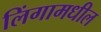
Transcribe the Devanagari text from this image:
लिंगामधील